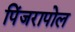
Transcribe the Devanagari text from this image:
पिंजरापोल